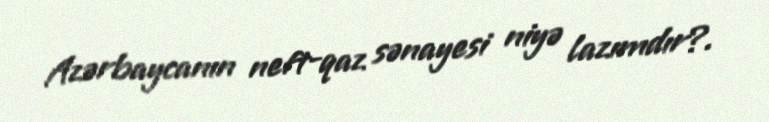
Azərbaycanın neft-qaz sənayesi niyə lazımdır?.